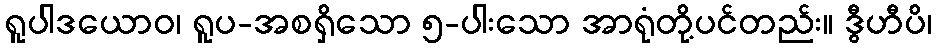
ရူပါဒယောဝ၊ ရူပ-အစရှိသော ၅-ပါးသော အာရုံတို့ပင်တည်း။ ဒွီဟီပိ၊